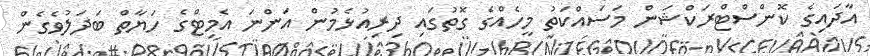
އާދައިގެ ކޮންސްޓްރަކްޝަން މަސައްކަތު މީހެއްގެ ގޮތުގައި ދިރިއުޅެމުން އަންނަ އެމިޓްގެ ހަޔާތް ބަދަލުވެގެން